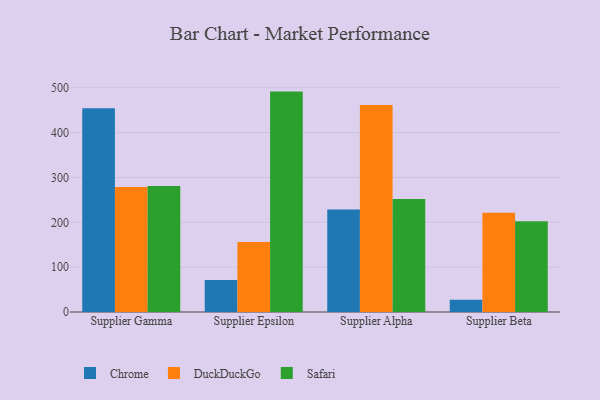
{"axis": {"x": "Supplier", "y": "Budget (USD K)"}, "legend": ["Chrome", "DuckDuckGo", "Safari"], "data": [{"x": "Supplier Gamma", "y": 454.4, "type": "Chrome"}, {"x": "Supplier Gamma", "y": 278.6, "type": "DuckDuckGo"}, {"x": "Supplier Gamma", "y": 281.2, "type": "Safari"}, {"x": "Supplier Epsilon", "y": 71.2, "type": "Chrome"}, {"x": "Supplier Epsilon", "y": 155.9, "type": "DuckDuckGo"}, {"x": "Supplier Epsilon", "y": 491.4, "type": "Safari"}, {"x": "Supplier Alpha", "y": 228.4, "type": "Chrome"}, {"x": "Supplier Alpha", "y": 461.6, "type": "DuckDuckGo"}, {"x": "Supplier Alpha", "y": 252.0, "type": "Safari"}, {"x": "Supplier Beta", "y": 27.5, "type": "Chrome"}, {"x": "Supplier Beta", "y": 221.5, "type": "DuckDuckGo"}, {"x": "Supplier Beta", "y": 202.5, "type": "Safari"}]}